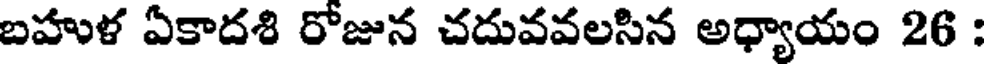
బహుళ ఏకాదశి రోజున చదువవలసిన అధ్యాయం 26 :